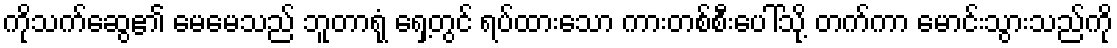
ကိုသက်ဆွေ၏ မေမေသည် ဘူတာရုံ ရှေ့တွင် ရပ်ထားသော ကားတစ်စီးပေါ်သို့ တက်ကာ မောင်းသွားသည်ကို